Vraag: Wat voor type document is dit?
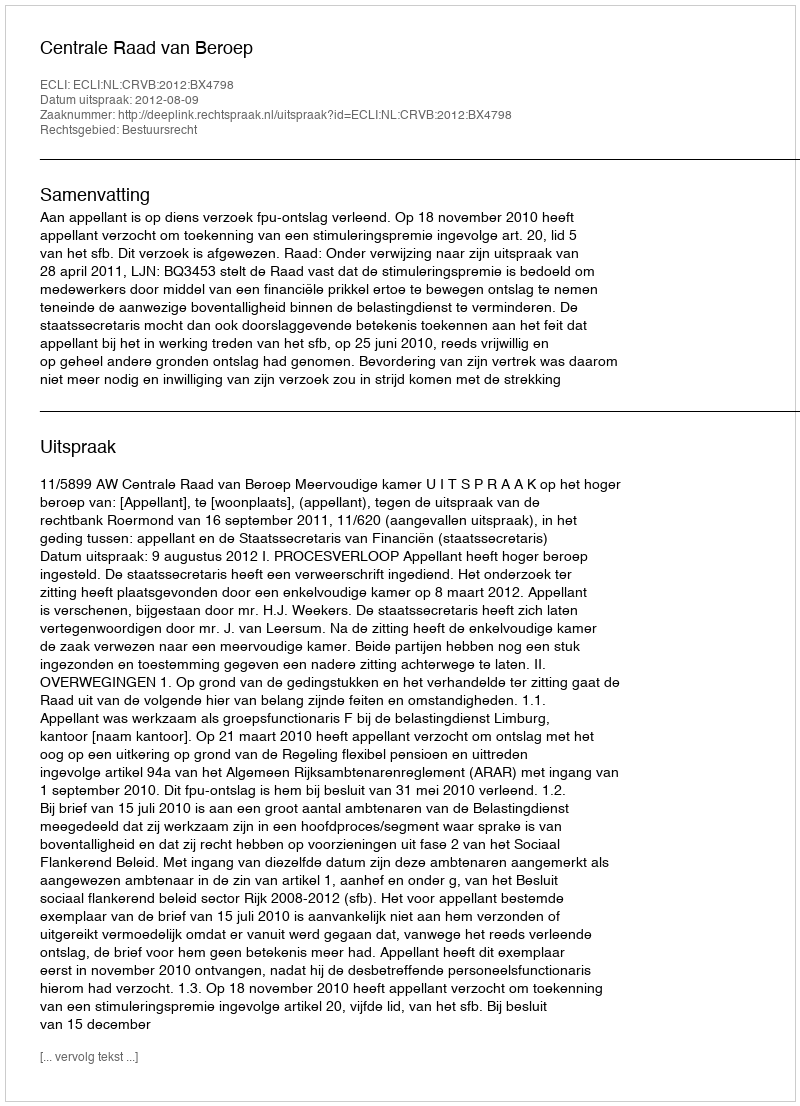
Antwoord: Uitspraak